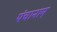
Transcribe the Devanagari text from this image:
पंचानाम्